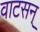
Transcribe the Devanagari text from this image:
वाटसन्